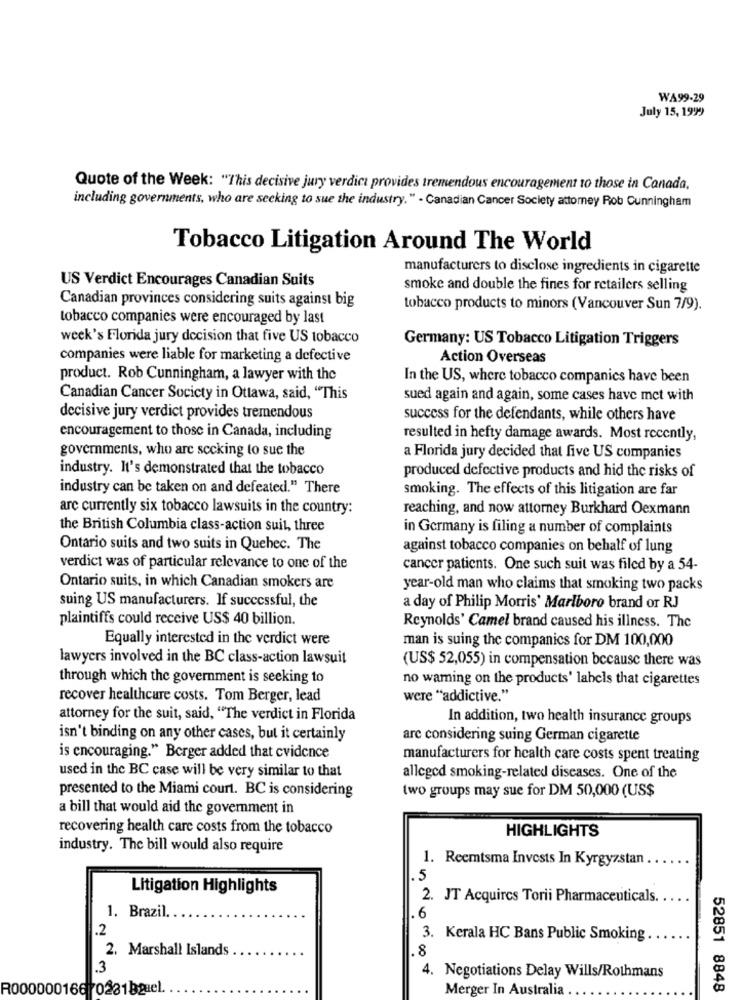
WA99-29
July 15, 199)
Quote of the Week: "This decisive jury verdict provides tremendous encouragement 10 those in Canada,
including governments, who are seeking to sue the industry." - Canadian Cancer Society attorney Rob Cunningham
Tobacco Litigation Around The World
manufacturers to disclose ingredients in cigarette
US Verdict Encourages Canadian Suits
smoke and double the fines for retailers selling
Canadian provinces considering suits against big
tobacco products to minors (Vancouver Sun 7/9).
tobacco companies were encouraged by last
week's Florida jury decision that five US tobacco
Germany: US Tobacco Litigation Triggers
companies were liable for marketing a defective
Action Overseas
product. Rob Cunningham, a lawyer with the
In the US, where tobacco companies have been
Canadian Cancer Society in Ottawa, said, "This
sued again and again, some cases have met with
decisive jury verdict provides tremendous
success for the defendants, while others have
encouragement to those in Canada, including
resulted in hefty damage awards. Most recently,
governments, who are seeking to sue the
a Florida jury decided that five US companies
industry. It's demonstrated that the tobacco
produced defective products and hid the risks of
industry can be taken on and defeated." There
smoking. The effects of this litigation are far
are currently six tobacco lawsuits in the country:
reaching, and now attorney Burkhard Oexmann
the British Columbia class-action suit, three
in Germany is filing a number of complaints
Ontario suits and two suits in Quebec. The
against tobacco companies on behalf of lung
verdict was of particular relevance to one of the
cancer patients. One such suit was filed by a 54-
Ontario suits, in which Canadian smokers are
year-old man who claims that smoking two packs
suing US manufacturers. If successful, the
a day of Philip Morris' Marlboro brand or RJ
plaintiffs could receive US$ 40 billion.
Reynolds' Camel brand caused his illness. The
Equally interested in the verdict were
man is suing the companies for DM 100,000
lawyers involved in the BC class-action lawsuit
(US$ 52,055) in compensation because there was
through which the government is seeking to
no waming on the products' labels that cigarettes
recover healthcare costs. Tom Berger, lead
were "addictive."
attorney for the suit, said, "The verdict in Florida
In addition, two health insurance groups
isn't binding on any other cases, but it certainly
are considering suing German cigarette
is encouraging." Berger added that cvidence
manufacturers for health care costs spent treating
used in the BC case will be very similar to that
alleged smoking-related diseases. One of the
presented to the Miami court. BC is considering
two groups may sue for DM 50,000 (US$
a bill that would aid the government in
recovering health care costs from the tobacco
HIGHLIGHTS
industry. The bill would also require
1. Reemtsma Invests In Kyrgyzstan
.5
Litigation Highlights
2. JT Acquires Torii Pharmaceuticals. .
1. Brazil.
6
.2
3. Kerala HC Bans Public Smoking
2. Marshall Islands
8
.3
4. Negotiations Delay Wills/Rothmans
R000000166 70281bael.
Merger In Australia .
52851 8848